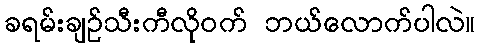
ခရမ်းချဉ်သီးကီလိုဝက် ဘယ်လောက်ပါလဲ။